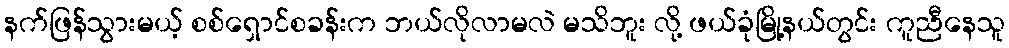
နက်ဖြန်သွားမယ့် စစ်ရှောင်စခန်းက ဘယ်လိုလာမလဲ မသိဘူး လို့ ဖယ်ခုံမြို့နယ်တွင်း ကူညီနေသူ